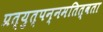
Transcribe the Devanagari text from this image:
प्रत्युत्पन्नमतित्वता